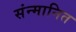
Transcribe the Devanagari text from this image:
संन्मानित